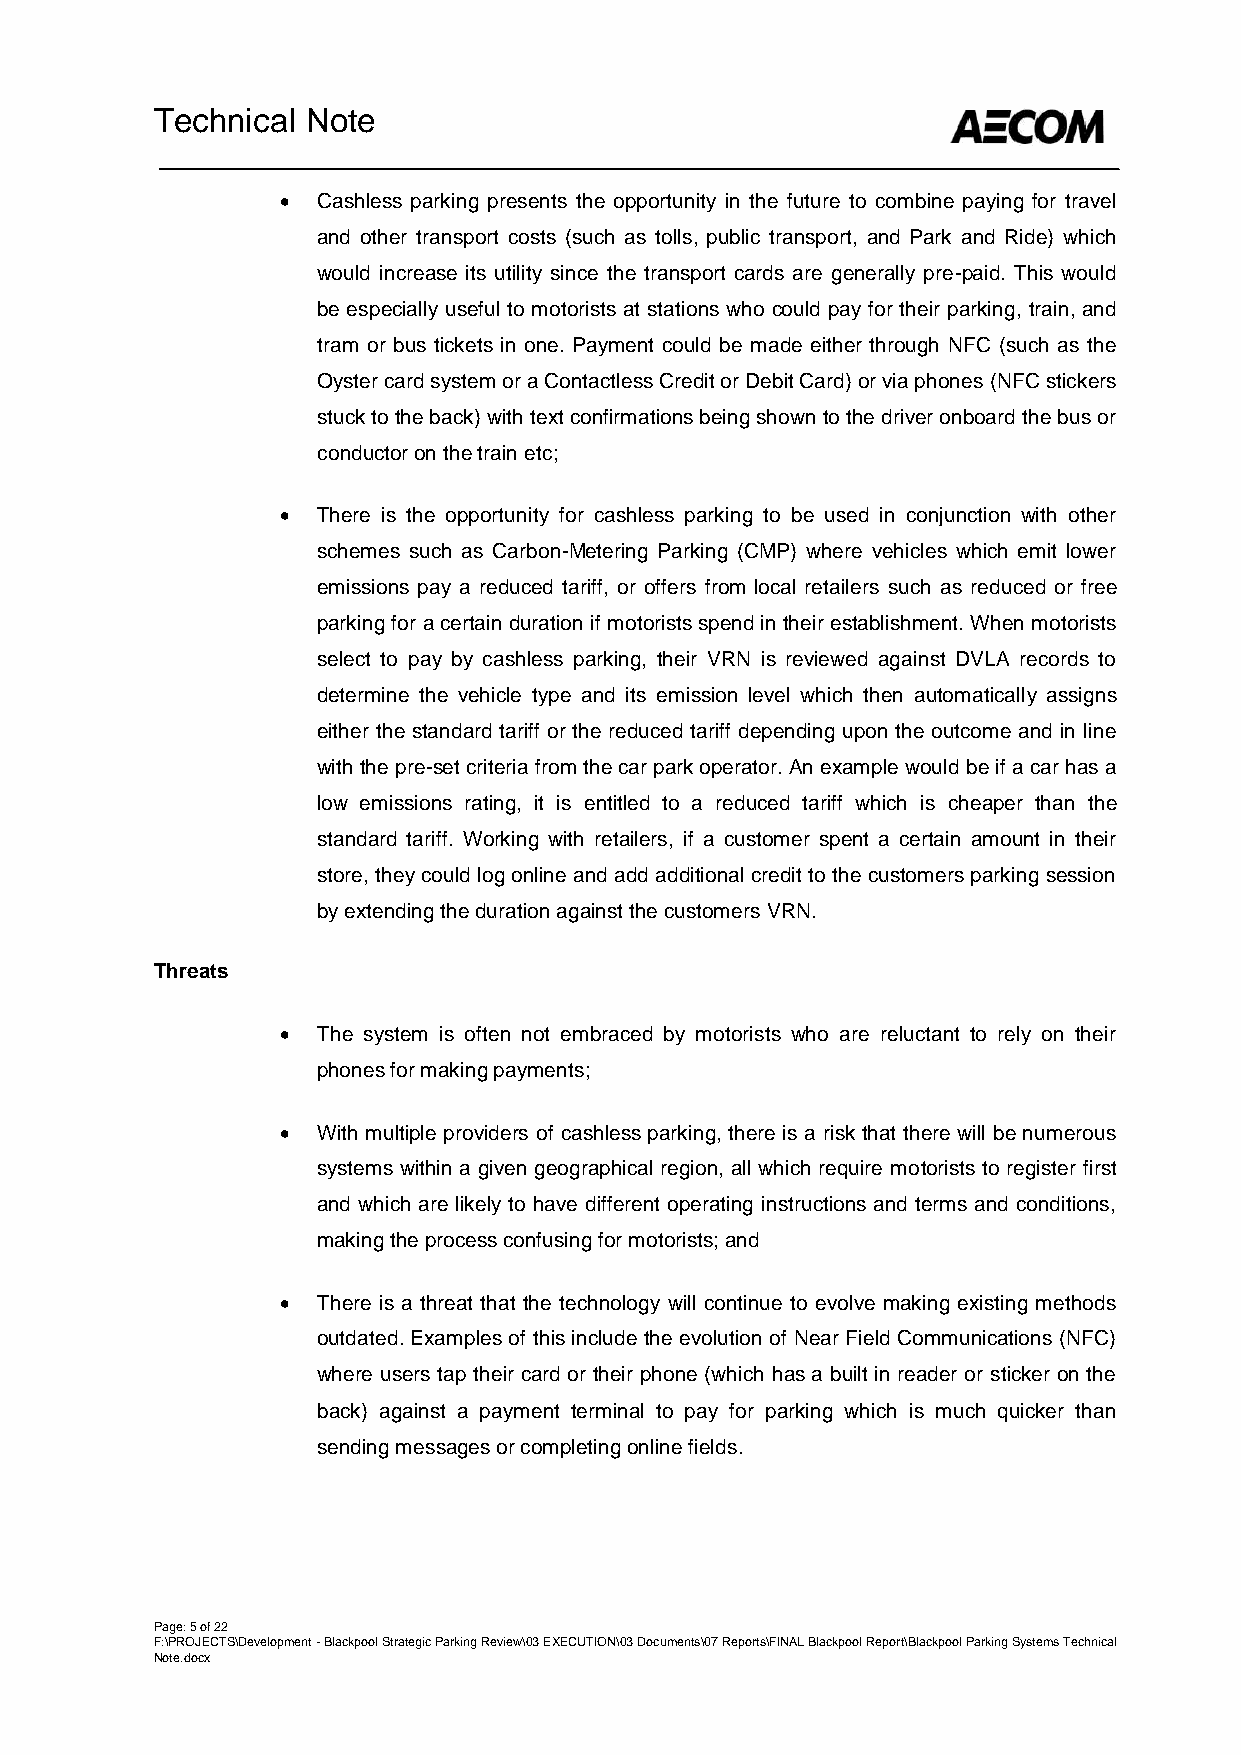
Technical Note
  Cashless parking presents the opportunity in the future to combine paying for travel
 and other transport costs (such as tolls, public transport, and Park and Ride) which
 would increase its utility since the transport cards are generally pre-paid. This would
 be especially useful to motorists at stations who could pay for their parking, train, and
 tram or bus tickets in one. Payment could be made either through NFC (such as the
 Oyster card system or a Contactless Credit or Debit Card) or via phones (NFC stickers
 stuck to the back) with text confirmations being shown to the driver onboard the bus or
 conductor on the train etc;
  There is the opportunity for cashless parking to be used in conjunction with other
 schemes such as Carbon-Metering Parking (CMP) where vehicles which emit lower
 emissions pay a reduced tariff, or offers from local retailers such as reduced or free
 parking for a certain duration if motorists spend in their establishment. When motorists
 select to pay by cashless parking, their VRN is reviewed against DVLA records to
 determine the vehicle type and its emission level which then automatically assigns
 either the standard tariff or the reduced tariff depending upon the outcome and in line
 with the pre-set criteria from the car park operator. An example would be if a car has a
 low emissions rating, it is entitled to a reduced tariff which is cheaper than the
 standard tariff. Working with retailers, if a customer spent a certain amount in their
 store, they could log online and add additional credit to the customers parking session
 by extending the duration against the customers VRN.
 Threats
  The system is often not embraced by motorists who are reluctant to rely on their
 phones for making payments;
  With multiple providers of cashless parking, there is a risk that there will be numerous
 systems within a given geographical region, all which require motorists to register first
 and which are likely to have different operating instructions and terms and conditions,
 making the process confusing for motorists; and
  There is a threat that the technology will continue to evolve making existing methods
 outdated. Examples of this include the evolution of Near Field Communications (NFC)
 where users tap their card or their phone (which has a built in reader or sticker on the
 back) against a payment terminal to pay for parking which is much quicker than
 sending messages or completing online fields.
 Page: 5 of 22
 F:\PROJECTS\Development - Blackpool Strategic Parking Review\03 EXECUTION\03 Documents\07 Reports\FINAL Blackpool Report\Blackpool Parking Systems Technical
 Note.docx